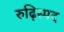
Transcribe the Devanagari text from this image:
रुढ़िस्पद